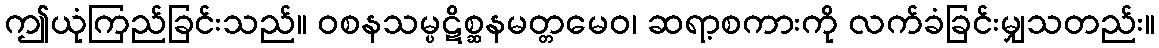
ဤယုံကြည်ခြင်းသည်။ ဝစနသမ္ပဋိစ္ဆနမတ္တမေဝ၊ ဆရာ့စကားကို လက်ခံခြင်းမျှသတည်း။